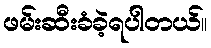
ဖမ်းဆီးခံခဲ့ရပါတယ်။